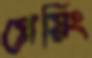
প্লেয়িং